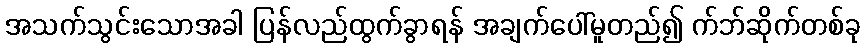
အသက်သွင်းသောအခါ ပြန်လည်ထွက်ခွာရန် အချက်ပေါ်မူတည်၍ က်ဘ်ဆိုက်တစ်ခု